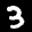
Label: 3